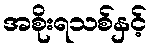
အစိုးရသစ်နှင့်